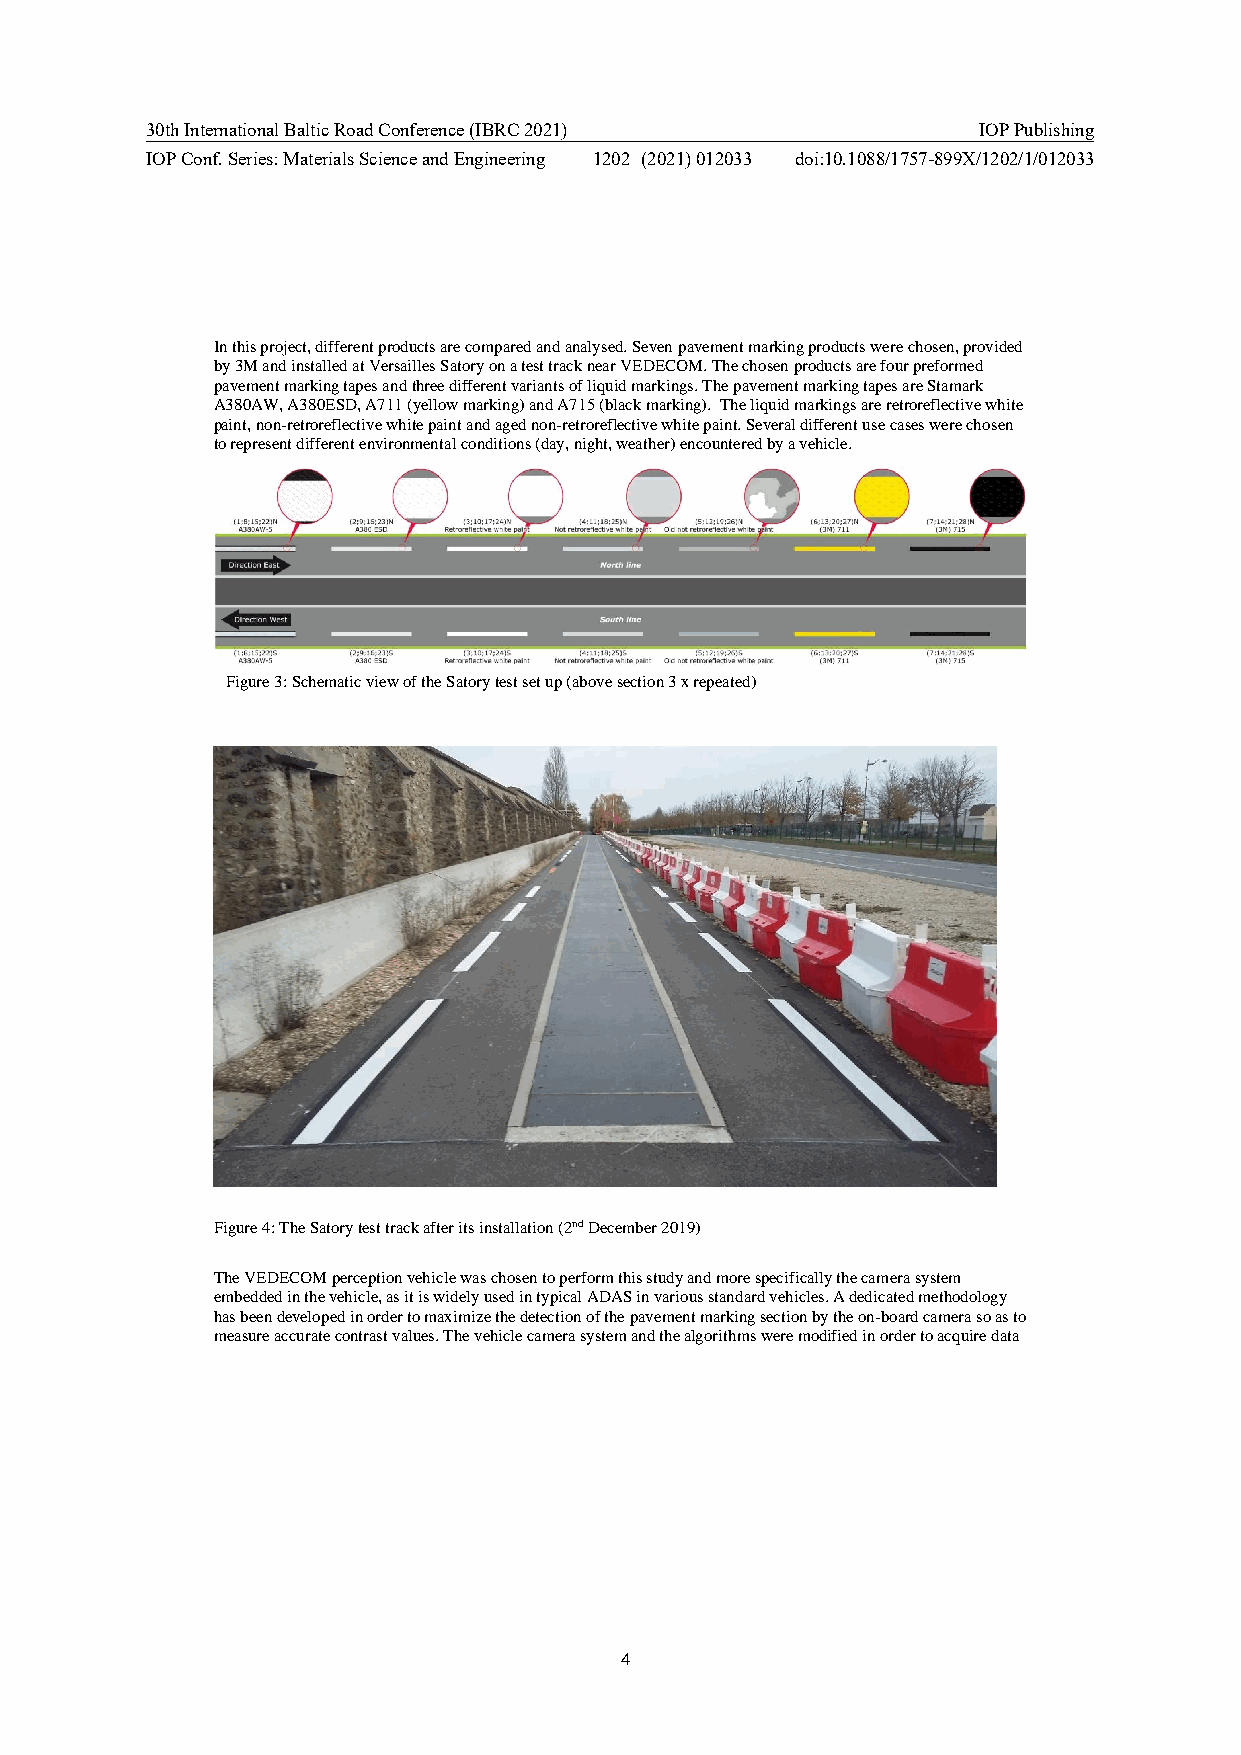
30th International Baltic Road Conference (IBRC 2021)  IOP Publishing
 IOP Conf. Series: Materials Science and Engineering 1202 (2021) 012033 doi:10.1088/1757-899X/1202/1/012033
 In this project, different products are compared and analysed. Seven pavement marking products were chosen, provided
 by 3M and installed at Versailles Satory on a test track near VEDECOM. The chosen products are four preformed
 pavement marking tapes and three different variants of liquid markings. The pavement marking tapes are Stamark
 A380AW, A380ESD, A711 (yellow marking) and A715 (black marking). The liquid markings are retroreflective white
 paint, non-retroreflective white paint and aged non-retroreflective white paint. Several different use cases were chosen
 to represent different environmental conditions (day, night, weather) encountered by a vehicle.
 Figure 3: Schematic view of the Satory test set up (above section 3 x repeated)
 Figure 4: The Satory test track after its installation (2nd December 2019)
 The VEDECOM perception vehicle was chosen to perform this study and more specifically the camera system
 embedded in the vehicle, as it is widely used in typical ADAS in various standard vehicles. A dedicated methodology
 has been developed in order to maximize the detection of the pavement marking section by the on-board camera so as to
 measure accurate contrast values. The vehicle camera system and the algorithms were modified in order to acquire data
 4